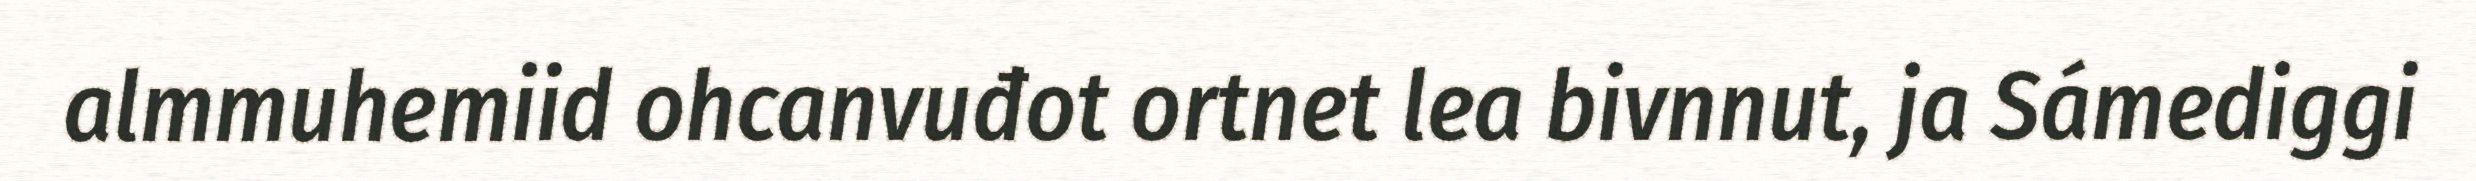
almmuhemiid ohcanvuđot ortnet lea bivnnut, ja Sámediggi